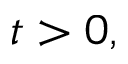
t > 0 ,